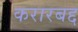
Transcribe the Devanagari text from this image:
करारबद्द